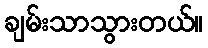
ချမ်းသာသွားတယ်။